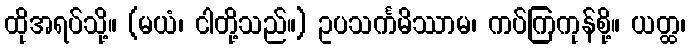
ထိုအရပ်သို့။ (မယံ၊ ငါတို့သည်။) ဥပသင်္ကမိဿာမ၊ ကပ်ကြကုန်စို့။ ယတ္ထ၊